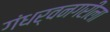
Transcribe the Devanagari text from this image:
गंधर्वनगरीला